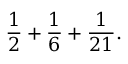
{ \frac { 1 } { 2 } } + { \frac { 1 } { 6 } } + { \frac { 1 } { 2 1 } } .